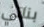
بناتي